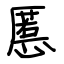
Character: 慝